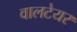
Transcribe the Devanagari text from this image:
वालटेयर